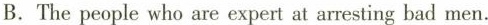
B.The people who are expert at arresting bad men.